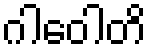
ဂါဝေါတိ